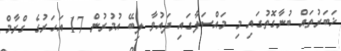
ޚަބަރުތައް ބުނާގޮތުގައި މި މައްސަލާގައި ދައުވާ ލިބޭ އުމުރުން 17 އަހަރުގެ ގްރާމް